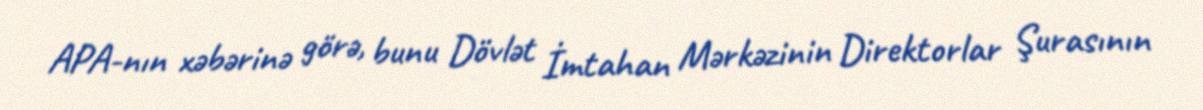
APA-nın xəbərinə görə, bunu Dövlət İmtahan Mərkəzinin Direktorlar Şurasının